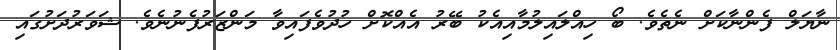
ނާޔަލް ފެންނާކަށް ނެތެވެ. ބޯ ހިއްލައިލުމާއިއެކު ބޭރު އެއްކޮށް ހުދުވެފައިވާ މަންޒަރުފެނުނެވެ. ޝަވަރުދަށުގައި